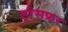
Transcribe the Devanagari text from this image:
ट्रांसफ्रर